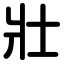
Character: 壯